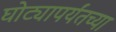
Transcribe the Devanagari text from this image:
घोट्यापर्यंतच्या